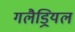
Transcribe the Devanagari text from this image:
गलैड्रियल